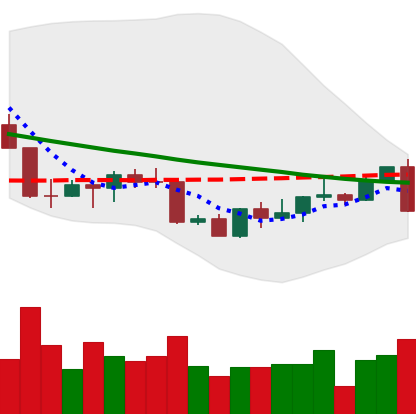
Ticker: LINK-USD
Chart end date: 2022-09-06
Forward return: 20.128%
Label: up_7plus